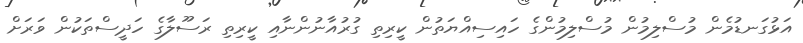
އަޅުގަނޑުމެން މުސްލިމުން މުސްލިމުންގެ ހައިސިއްޔަތުން ކީރިތި ގުރުއާނުންނާއި ކީރިތި ރަސޫލާގެ ހަދީސްތަކުން ވަރަށް